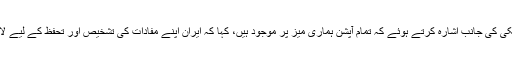
بریگیڈیئر جنرل امیر حاتمی نے امریکہ کی اس دھمکی کی جانب اشارہ کرتے ہوئے کہ تمام آپشن ہماری میز پر موجود ہیں، کہا کہ ایران اپنے مفادات کی تشخیص اور تحفظ کے لیے لازمی توانائی اور عملی اقدامات کی طاقت رکھتا ہے۔